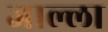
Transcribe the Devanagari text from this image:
जाल्ला